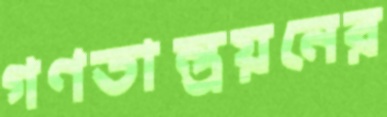
গণতান্ত্রয়নের